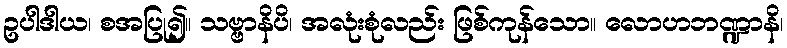
ဥပါဒါယ၊ စအပြု၍။ သဗ္ဗာနိပိ၊ အလုံးစုံလည်း ဖြစ်ကုန်သော။ လောဟဘဏ္ဍာနိ၊